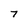
Character: 7